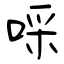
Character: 啋